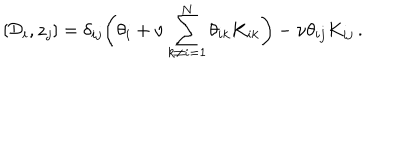
LaTeX: \left[ { \cal D } _ { i } , z _ { j } \right] = \delta _ { i j } \biggl ( \theta _ { i } + \nu \sum _ { k \ne i = 1 } ^ { N } \theta _ { i k } K _ { i k } \biggr ) - \nu \theta _ { i j } K _ { i j } \, .